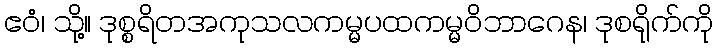
ဧဝံ၊ သို့။ ဒုစ္စရိတအကုသလကမ္မပထကမ္မဝိဘာဂေန၊ ဒုစရိုက်ကို